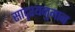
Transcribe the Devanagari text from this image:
सादृश्यनुमान